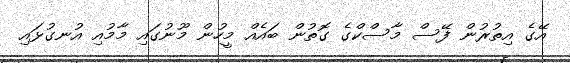
އޭގެ އިތުރުން ފޭސް މާސްކްގެ ގޮތުން ބައެއް މީހުން މޫނުގައި މާމުއި އުނގުޅައި